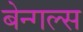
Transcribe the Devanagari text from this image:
बेन्गल्स